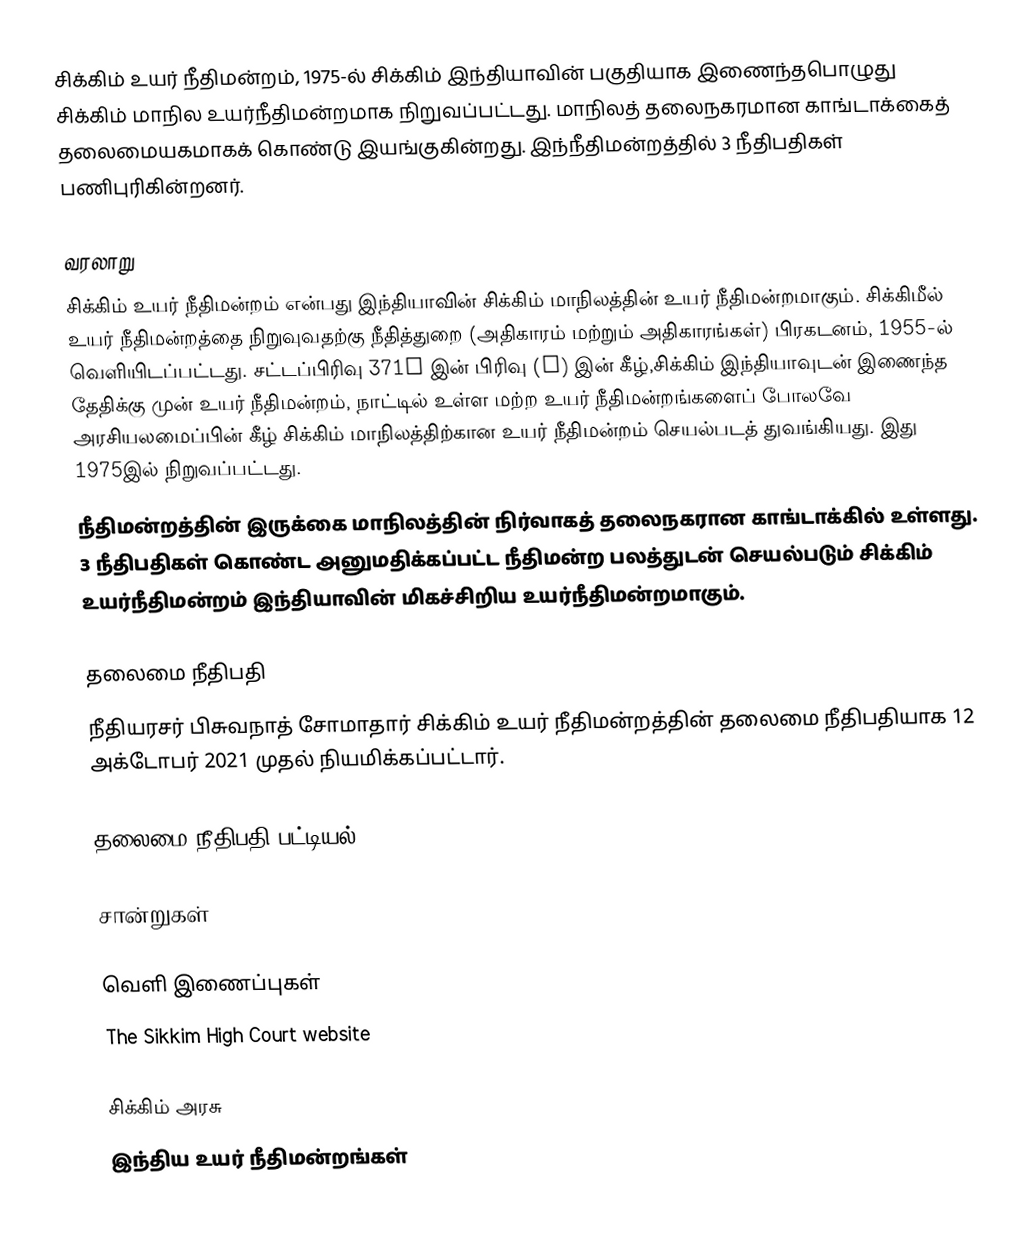
சிக்கிம் உயர் நீதிமன்றம், 1975-ல் சிக்கிம் இந்தியாவின் பகுதியாக இணைந்தபொழுது சிக்கிம் மாநில உயர்நீதிமன்றமாக நிறுவப்பட்டது. மாநிலத் தலைநகரமான காங்டாக்கைத் தலைமையகமாகக் கொண்டு இயங்குகின்றது. இந்நீதிமன்றத்தில் 3 நீதிபதிகள் பணிபுரிகின்றனர்.

வரலாறு
சிக்கிம் உயர் நீதிமன்றம் என்பது இந்தியாவின் சிக்கிம் மாநிலத்தின் உயர் நீதிமன்றமாகும். சிக்கிமீல் உயர் நீதிமன்றத்தை நிறுவுவதற்கு நீதித்துறை (அதிகாரம் மற்றும் அதிகாரங்கள்) பிரகடனம், 1955-ல் வெளியிடப்பட்டது. சட்டப்பிரிவு 371F இன் பிரிவு (i) இன் கீழ்,சிக்கிம் இந்தியாவுடன் இணைந்த தேதிக்கு முன் உயர் நீதிமன்றம், நாட்டில் உள்ள மற்ற உயர் நீதிமன்றங்களைப் போலவே அரசியலமைப்பின் கீழ் சிக்கிம் மாநிலத்திற்கான உயர் நீதிமன்றம் செயல்படத் துவங்கியது. இது 1975இல் நிறுவப்பட்டது.
நீதிமன்றத்தின் இருக்கை மாநிலத்தின் நிர்வாகத் தலைநகரான காங்டாக்கில் உள்ளது. 3 நீதிபதிகள் கொண்ட அனுமதிக்கப்பட்ட நீதிமன்ற பலத்துடன் செயல்படும் சிக்கிம் உயர்நீதிமன்றம் இந்தியாவின் மிகச்சிறிய உயர்நீதிமன்றமாகும்.

தலைமை நீதிபதி
நீதியரசர் பிசுவநாத் சோமாதார் சிக்கிம் உயர் நீதிமன்றத்தின் தலைமை நீதிபதியாக 12 அக்டோபர் 2021 முதல் நியமிக்கப்பட்டார்.

தலைமை நீதிபதி பட்டியல்

சான்றுகள்

வெளி இணைப்புகள்
 The Sikkim High Court website

சிக்கிம் அரசு
இந்திய உயர் நீதிமன்றங்கள்